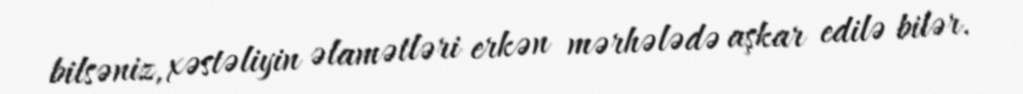
bilsəniz, xəstəliyin əlamətləri erkən mərhələdə aşkar edilə bilər.